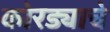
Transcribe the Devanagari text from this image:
कोरड्याचे